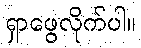
ရှာဖွေလိုက်ပါ။